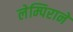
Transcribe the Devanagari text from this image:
लेम्पिराने